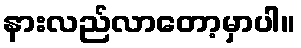
နားလည်လာတော့မှာပါ။